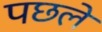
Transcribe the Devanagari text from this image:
पछले